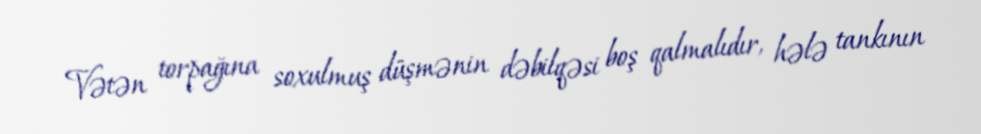
Vətən torpağına soxulmuş düşmənin dəbilqəsi boş qalmalıdır, hələ tankının